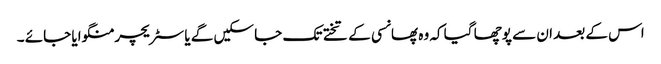
اس کے بعد ان سے پوچھا گیا کہ وہ پھانسی کے تختے تک جا سکیں گے یا سٹریچر منگوایا جائے ۔